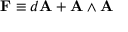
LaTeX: \mathbf { F } \equiv d \mathbf { A } + \mathbf { A } \wedge \mathbf { A }